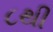
૮થી